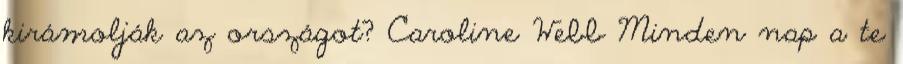
kirámolják az országot? Caroline Webb Minden nap a te